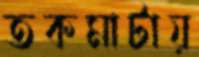
তকমাটায়